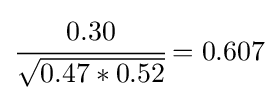
{\cfrac {0.30}{\sqrt {0.47*0.52}}}=0.607